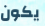
يكون